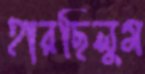
হারছিলুম